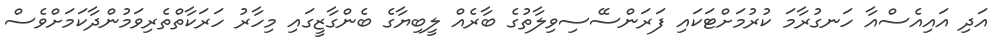
އަދި އައިއެސްއާ ހަނގުރާމަ ކުރުމަށްޓަކައި ފަރަންސޭސިވިލާތުގެ ބާރެއް ލީބިޔާގެ ބެންގާޒީގައި މިހާރު ހަރަކާތްތެރިވަމުންދާކަމަށްވެސް